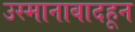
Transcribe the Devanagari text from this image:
उस्मानाबादहून